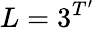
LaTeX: L=3^{T^{\prime}}